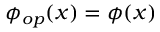
\phi _ { o p } ( x ) = \phi ( x )